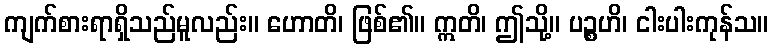
ကျက်စားရာရှိသည်မူလည်း။ ဟောတိ၊ ဖြစ်၏။ ဣတိ၊ ဤသို့။ ပဉ္စဟိ၊ ငါးပါးကုန်သ။